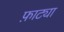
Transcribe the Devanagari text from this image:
फ़ाट्या